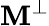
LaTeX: \mathbf{M}^{\perp}